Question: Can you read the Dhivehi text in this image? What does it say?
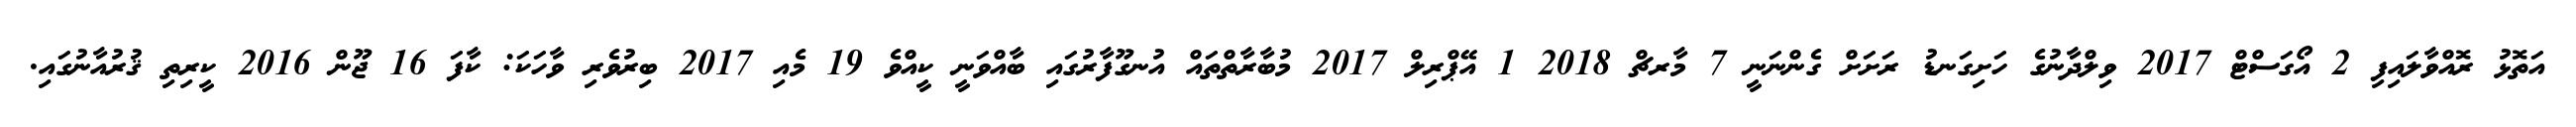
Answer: އަތޮޅު ރޮއްވާލައިފި 2 އޯގަސްޓް 2017 ވިލްދާނުގެ ހަށިގަނޑު ރަށަށް ގެންނަނީ 7 މާރޗް 2018 1 އޭޕްރިލް 2017 މުބާރާތްތައް އުނގޫފާރުގައި ބާއްވަނީ ކީއްވެ 19 މެއި 2017 ބިރުވެރި ވާހަކަ: ކާފަ 16 ޖޫން 2016 ކީރިތި ޤުރުއާނުގައި.